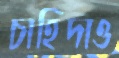
চাহিদাও